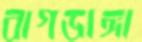
বাগডাঙ্গা